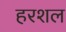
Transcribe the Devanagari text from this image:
हरशल